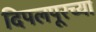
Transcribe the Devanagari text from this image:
दिपलपूरच्या